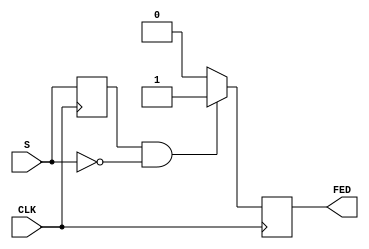
module falling_edge_detector (
    input wire S,          // Signal input
    input wire CLK,        // Clock input
    output reg FED         // Falling edge detected output
);

    reg prev_S;           // Register to hold the previous state of S

    // Always block triggered on the rising edge of the clock
    always @(posedge CLK) begin
        // Detect falling edge
        if (prev_S == 1'b1 && S == 1'b0) begin
            FED <= 1'b1;   // Set FED high for one clock cycle
        end else begin
            FED <= 1'b0;   // Reset FED to low
        end
        
        // Update previous state
        prev_S <= S;      // Store the current state of S
    end

endmodule